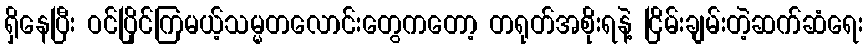
ရှိနေပြီး ဝင်ပြိုင်ကြမယ့်သမ္မတလောင်းတွေကတော့ တရုတ်အစိုးရနဲ့ ငြိမ်းချမ်းတဲ့ဆက်ဆံရေး